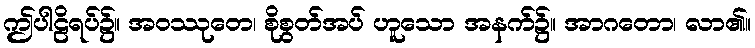
ဤပါဠိရပ်၌။ အဝဿုတေ၊ စိုစွတ်အပ် ဟူသော အနက်၌။ အာဂတော၊ လာ၏။